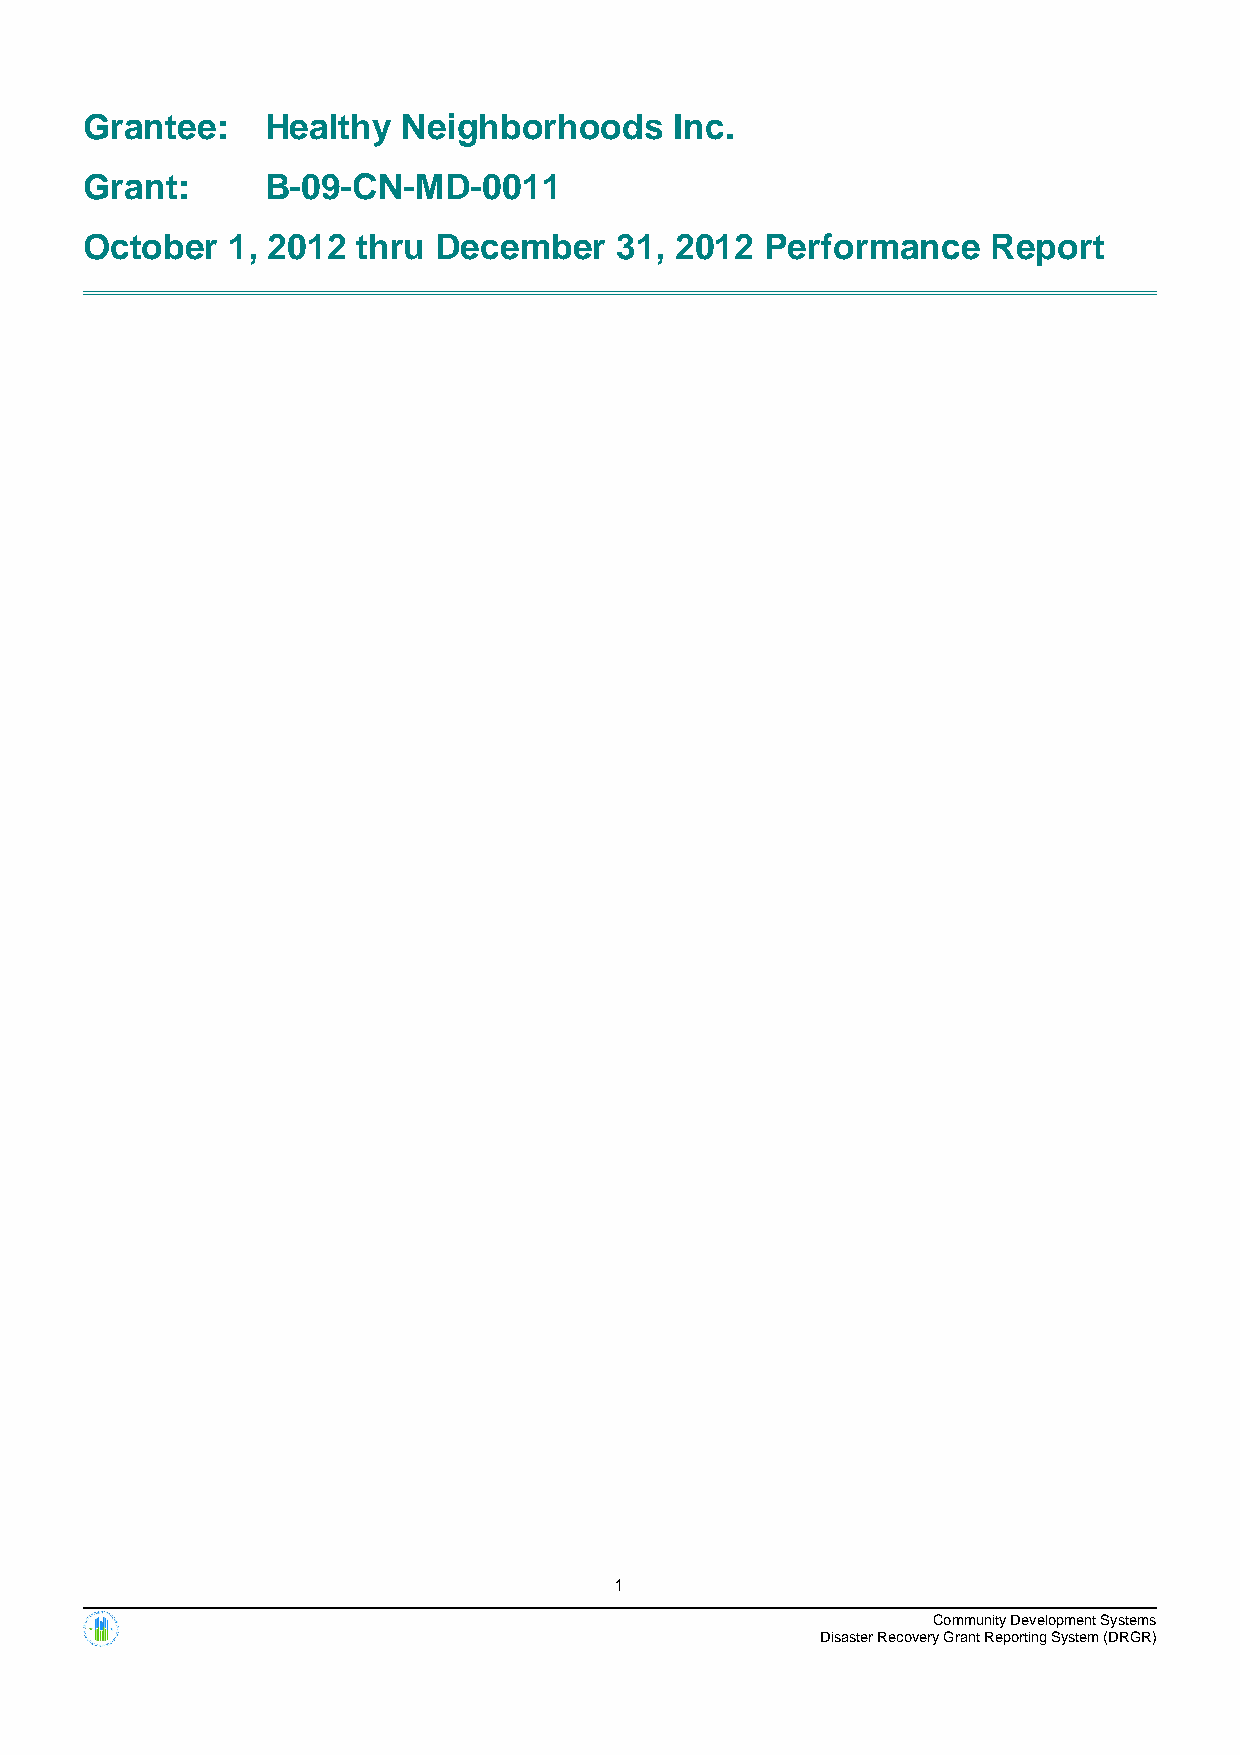
Grantee:    Healthy  Neighborhoods     Inc.
 Grant:      B-09-CN-MD-0011
 October  1, 2012  thru December    31, 2012  Performance    Report
 1
 Community Development Systems
 Disaster Recovery Grant Reporting System (DRGR)